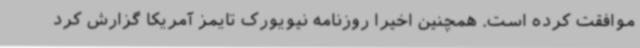
موافقت کرده است. همچنین اخیرا روزنامه نیویورک تایمز آمریکا گزارش کرد